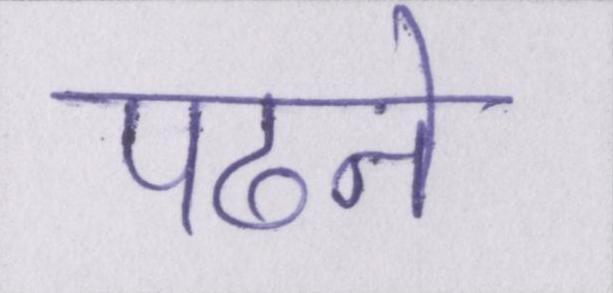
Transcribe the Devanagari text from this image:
पढने